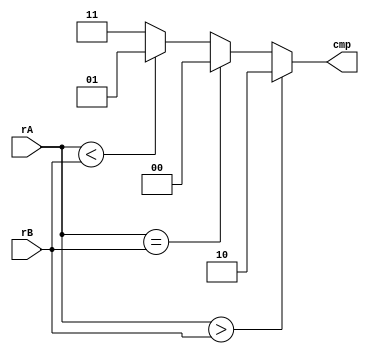
//--------------------------------------------------------------------
// Name: Omkar Girish Kamath
// Description: Compares values between rA and rB and provides compare
// signal.
//--------------------------------------------------------------------

module cmp (
	    rA,
	    rB,
	    cmp
	    );

   // Compare Results
   localparam EQ = 2'b00;
   localparam LT = 2'b01;
   localparam GT = 2'b10;

   //--------------------------------------------------------------------
   // Input Signals
   //--------------------------------------------------------------------
   input wire [7:0] rA;
   input wire [7:0] rB;

   //--------------------------------------------------------------------
   // Output Signals
   //--------------------------------------------------------------------
   output reg [1:0] cmp;


   always @(*)
     begin
	if (rA > rB)
	  begin
	     cmp <= GT;
	  end
	else
	  if (rA == rB)
	    begin
	       cmp <= EQ;
	    end
	  else
	    if (rA < rB)
	      begin
		 cmp <= LT;
	      end
	    else
	      begin
		 cmp <= 2'b11;
	      end
     end
endmodule